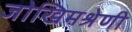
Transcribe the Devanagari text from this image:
जोखिमश्रेणी